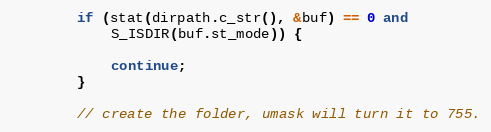
Language: C++
		if (stat(dirpath.c_str(), &buf) == 0 and
		    S_ISDIR(buf.st_mode)) {

			continue;
		}

		// create the folder, umask will turn it to 755.